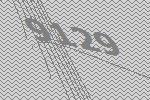
9129